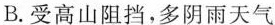
B.受高山阻挡，多阴雨天气